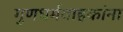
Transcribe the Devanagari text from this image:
गुणधर्मवाहकांना